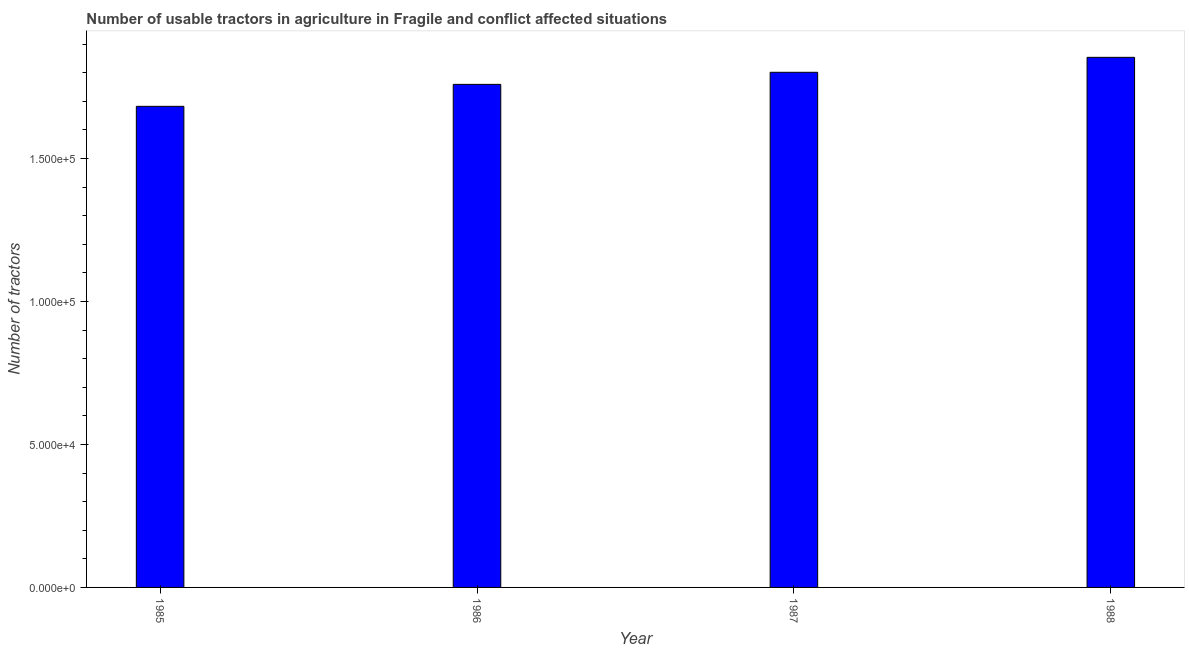
| Year | Agricultural machinery |
 | --- | --- |
 | 1985 | 1.68e+05 |
 | 1986 | 1.76e+05 |
 | 1987 | 1.8e+05 |
 | 1988 | 1.85e+05 |